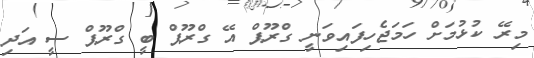
މިރޭ ކުޅުމަށް ހަމަޖެހިފައިވަނީ ގްރޫޕް އޭ ގްރޫޕް ބީ ގްރޫޕް ސީ އަދި